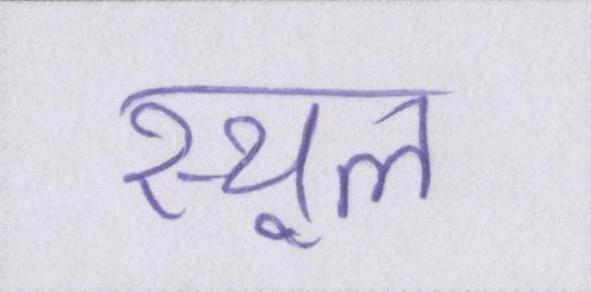
स्थूल